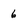
Character: 6